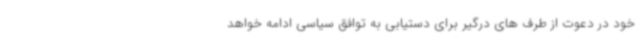
خود در دعوت از طرف های درگیر برای دستیابی به توافق سیاسی ادامه خواهد